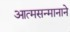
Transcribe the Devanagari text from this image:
आत्मसन्मानाने